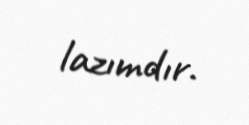
lazımdır.